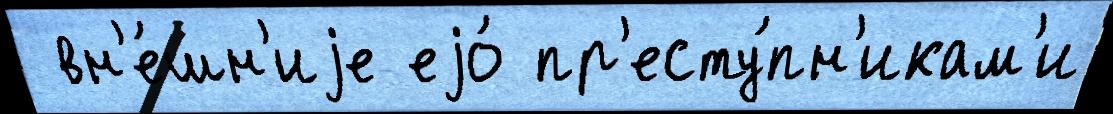
 вн'е́шн'иjе еjо́ пр'есту́пн'икам'и